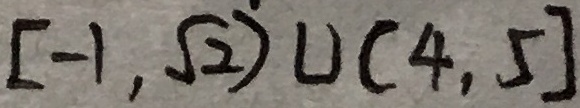
[ - 1 , \sqrt { 2 } ) \cup ( 4 , 5 ]